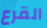
القرع